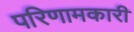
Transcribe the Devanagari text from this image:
परिणामकारी